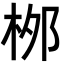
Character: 桞